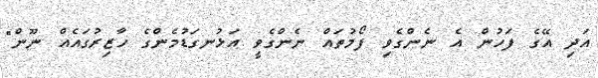
އަދި އޭގެ ފަހުން އެ ނެންގެވި ފޯމުތައް ނެންގެވީ އަޅުނގަޑުމެންގެ ހާޒިރުގައެއް ނޫން"